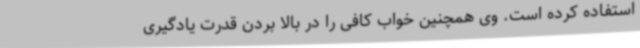
استفاده کرده است. وی همچنین خواب کافی را در بالا بردن قدرت یادگیری